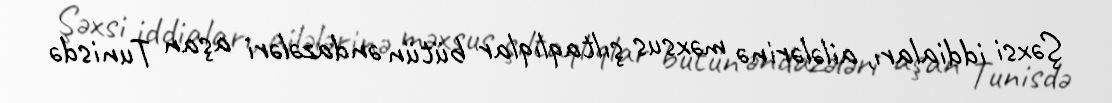
Şəxsi iddiaları, ailələrinə məxsus şıltaqlıqlar bütün əndazələri aşan Tunisdə